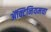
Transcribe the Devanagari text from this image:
ॲक्टिनियमचा